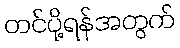
တင်ပို့ရန်အတွက်